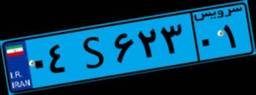
۰۴S۶۲۳۰۱